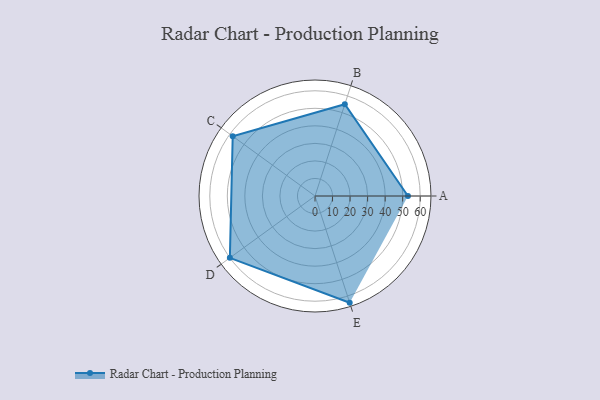
{"axis": {"x": "Skill", "y": "Score"}, "legend": ["Profile"], "data": [{"x": "A", "y": 53.0, "type": "Profile"}, {"x": "B", "y": 55.0, "type": "Profile"}, {"x": "C", "y": 58.0, "type": "Profile"}, {"x": "D", "y": 60.0, "type": "Profile"}, {"x": "E", "y": 64.0, "type": "Profile"}]}